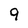
Character: 9